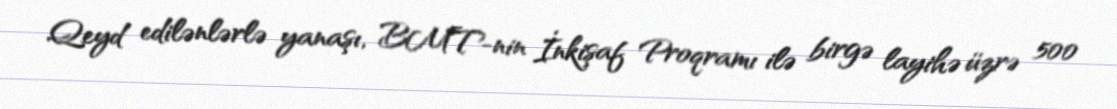
Qeyd edilənlərlə yanaşı, BMT-nin İnkişaf Proqramı ilə birgə layihə üzrə 500